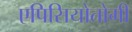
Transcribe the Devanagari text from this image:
एपिसियोतोमी